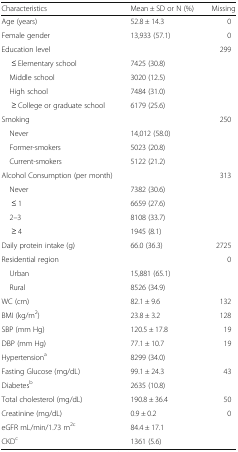
<table><thead><tr><td><b>Characteristics</b></td><td><b>Mean ± SD or N (%)</b></td><td><b>Missing</b></td></tr></thead><tbody><tr><td>Age (years)</td><td>52.8 ± 14.3</td><td>0</td></tr><tr><td>Female gender</td><td>13,933 (57.1)</td><td>0</td></tr><tr><td>Education level</td><td></td><td>299</td></tr><tr><td>≤ Elementary school</td><td>7425 (30.8)</td><td></td></tr><tr><td> Middle school</td><td>3020 (12.5)</td><td></td></tr><tr><td> High school</td><td>7484 (31.0)</td><td></td></tr><tr><td>≥ College or graduate school</td><td>6179 (25.6)</td><td></td></tr><tr><td>Smoking</td><td></td><td>250</td></tr><tr><td> Never</td><td>14,012 (58.0)</td><td></td></tr><tr><td> Former-smokers</td><td>5023 (20.8)</td><td></td></tr><tr><td> Current-smokers</td><td>5122 (21.2)</td><td></td></tr><tr><td>Alcohol Consumption (per month)</td><td></td><td>313</td></tr><tr><td> Never</td><td>7382 (30.6)</td><td></td></tr><tr><td>≤ 1</td><td>6659 (27.6)</td><td></td></tr><tr><td> 2–3</td><td>8108 (33.7)</td><td></td></tr><tr><td>≥ 4</td><td>1945 (8.1)</td><td></td></tr><tr><td>Daily protein intake (g)</td><td>66.0 (36.3)</td><td>2725</td></tr><tr><td>Residential region</td><td></td><td>0</td></tr><tr><td> Urban</td><td>15,881 (65.1)</td><td></td></tr><tr><td> Rural</td><td>8526 (34.9)</td><td></td></tr><tr><td>WC (cm)</td><td>82.1 ± 9.6</td><td>132</td></tr><tr><td>BMI (kg/m<sup>2</sup>)</td><td>23.8 ± 3.2</td><td>128</td></tr><tr><td>SBP (mm Hg)</td><td>120.5 ± 17.8</td><td>19</td></tr><tr><td>DBP (mm Hg)</td><td>77.1 ± 10.7</td><td>19</td></tr><tr><td>Hypertension<sup>a</sup></td><td>8299 (34.0)</td><td></td></tr><tr><td>Fasting Glucose (mg/dL)</td><td>99.1 ± 24.3</td><td>43</td></tr><tr><td>Diabetes<sup>b</sup></td><td>2635 (10.8)</td><td></td></tr><tr><td>Total cholesterol (mg/dL)</td><td>190.8 ± 36.4</td><td>50</td></tr><tr><td>Creatinine (mg/dL)</td><td>0.9 ± 0.2</td><td>0</td></tr><tr><td>eGFR mL/min/1.73 m<sup>2c</sup></td><td>84.4 ± 17.1</td><td></td></tr><tr><td>CKD<sup>c</sup></td><td>1361 (5.6)</td><td></td></tr></tbody></table>